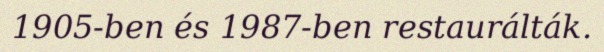
1905-ben és 1987-ben restaurálták.